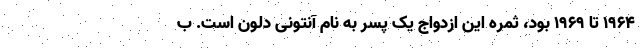
۱۹۶۴ تا ۱۹۶۹ بود، ثمره این ازدواج یک پسر به نام آنتونی دلون است. ب